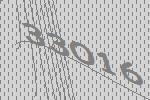
33016